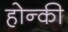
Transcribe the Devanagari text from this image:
होन्की